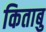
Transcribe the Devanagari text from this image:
किताबु